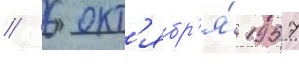
// 6 окт'ябр'я́ 1957